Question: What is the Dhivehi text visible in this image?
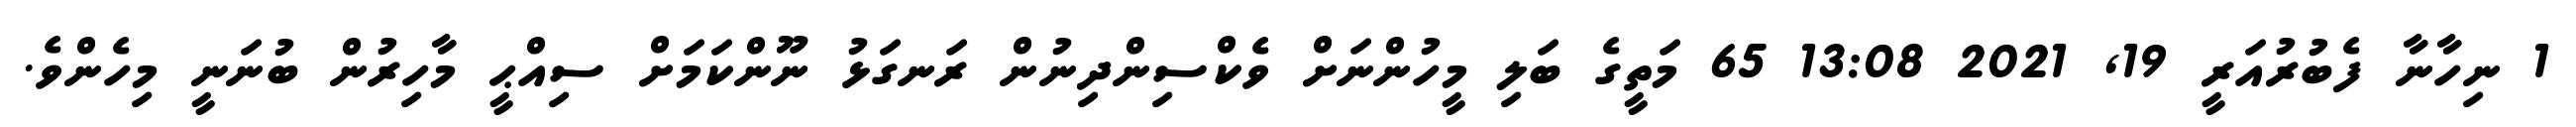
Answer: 1 ނިހާނާ ފެބުރުއަރީ 19, 2021 13:08 65 މަތީގެ ބަލި މީހުންނަށް ވެކްސިންދިނުން ރަނގަޅު ނޫންކަމަށް ސިއްޙީ މާހިރުން ބުނަނީ މިހެންވެ.